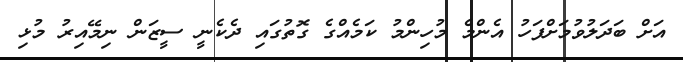
އަށް ބަދަލުވުމަށްފަހު އެންމެ މުހިންމު ކަމެއްގެ ގޮތުގައި ދެކެނީ ސީޒަން ނިމޭއިރު މުޅި